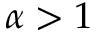
\alpha > 1